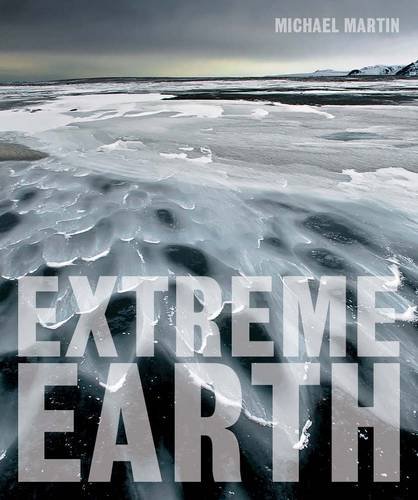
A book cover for Extreme Earth; Michael Martin; Arts & Photography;